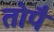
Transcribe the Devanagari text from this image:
तोपै